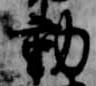
動